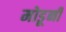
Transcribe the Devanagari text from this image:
मोडूनी